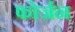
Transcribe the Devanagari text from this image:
फोर्जन